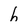
Character: h